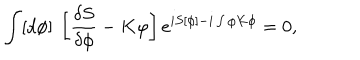
\int [ d \phi ] \ \left[ \frac { \delta S } { \delta \phi } - K \varphi \right] e ^ { i S [ \phi ] - i \int \varphi K \phi } = 0 ,